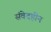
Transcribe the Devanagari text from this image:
संवेदहीन